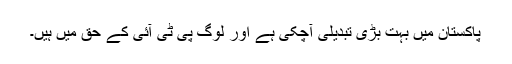
پاکستان میں بہت بڑی تبدیلی آچکی ہے اور لوگ پی ٹی آئی کے حق میں ہیں۔